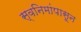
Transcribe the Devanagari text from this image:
स्वनिमांपासून